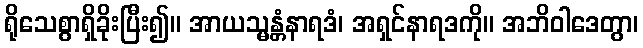
ရိုသေစွာရှိခိုးပြီး၍။ အာယသ္မန္တံနာရဒံ၊ အရှင်နာရဒကို။ အဘိဝါဒေတွာ၊